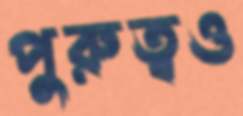
পুরুত্বও